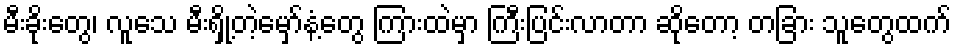
မီးခိုးတွေ၊ လူသေ မီးရှို့တဲ့မှော်နံ့တွေ ကြားထဲမှာ ကြီးပြင်းလာတာ ဆိုတော့ တခြား သူတွေထက်